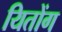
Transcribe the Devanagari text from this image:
यितोंग